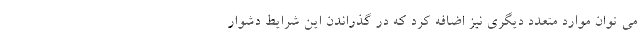
می توان موارد متعدد دیگری نیز اضافه کرد که در گذراندن این شرایط دشوار